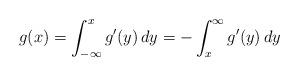
LaTeX: \begin{align*}g(x)=\int_{-\infty}^x g'(y)\,dy=-\int_x^\infty g'(y)\,dy\end{align*}